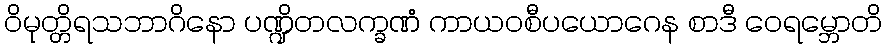
ဝိမုတ္တိရသဘာဂိနော ပဏ္ဍိတလက္ခဏံ ကာယဝစီပယောဂေန စာဒီ ဝေရမ္ဘောတိ